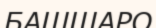
БАШШАРО